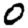
Digit: 0